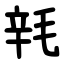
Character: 㲔